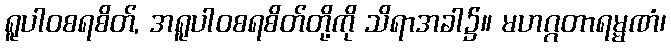
ရူပါဝစရစိတ်, အရူပါဝစရစိတ်တို့ကို သိရာအခါ၌။ မဟဂ္ဂတာရမ္မဏံ၊